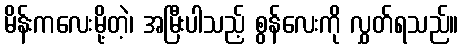
မိန်းကလေးမို့တဲ့၊ အမြီးပါသည့် စွန်လေးကို လွှတ်ရသည်။